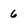
Character: 6